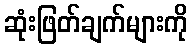
ဆုံးဖြတ်ချက်များကို